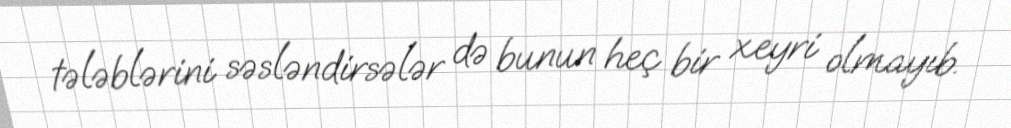
tələblərini səsləndirsələr də bunun heç bir xeyri olmayıb.